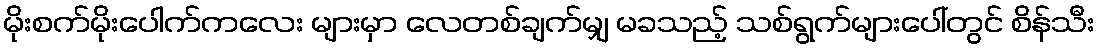
မိုးစက်မိုးပေါက်ကလေး များမှာ လေတစ်ချက်မျှ မခသည့် သစ်ရွက်များပေါ်တွင် စိန်သီး